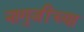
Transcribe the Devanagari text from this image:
नागुजींच्या